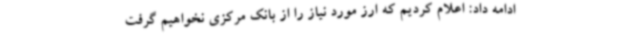
ادامه داد: اعلام کردیم که ارز مورد نیاز را از بانک مرکزی نخواهیم گرفت